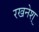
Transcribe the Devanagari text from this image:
रखनेश्